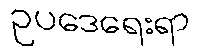
ဥပဒေရေးရာ